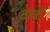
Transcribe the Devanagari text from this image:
टावी